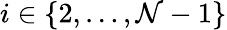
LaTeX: i\in\{ 2,\ldots,\mathcal{N}-1\}